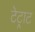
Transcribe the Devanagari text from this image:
टेट्राट